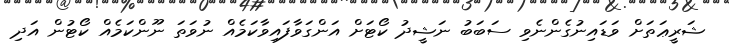
ޝަރީޢަތަށް ވަޑައިނުގެންނެވި ސަބަބު ނަޝީދު ކޯޓަށް އަންގަވާފައިވާކަމެއް ނުވަތަ ނޫންކަމެއް ކޯޓުން އަދި